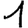
Digit: 1